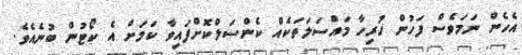
އެހެން ނަމަވެސް ފަހުން ހުރިހާ މައްސަލަތަކެއް ކެންސަލްކޮށްފައިވާ ކަމަށް އެ ކޯޓުން ބުނެއެވެ.